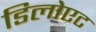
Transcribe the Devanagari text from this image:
डिलोएट